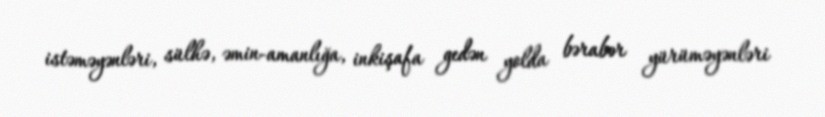
istəməyənləri, sülhə, əmin-amanlığa, inkişafa gedən yolda bərabər yürüməyənləri